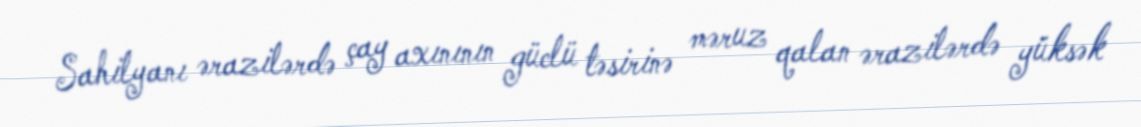
Sahilyanı ərazilərdə çay axınının güclü təsirinə məruz qalan ərazilərdə yüksək